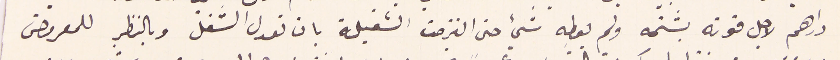
دراهم لاجل قوته يشتمه ولم يعطِه شيء حتى التزمت الشغيلة بان تعدل الشغل وبالنظر للمعروض